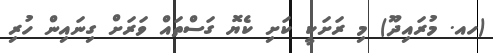
(ހއ. މުރައިދޫ) މި ރަށަކީ ކަށި ކެޔޮ ގަސްތައް ވަރަށް ގިނައިން ހުރި